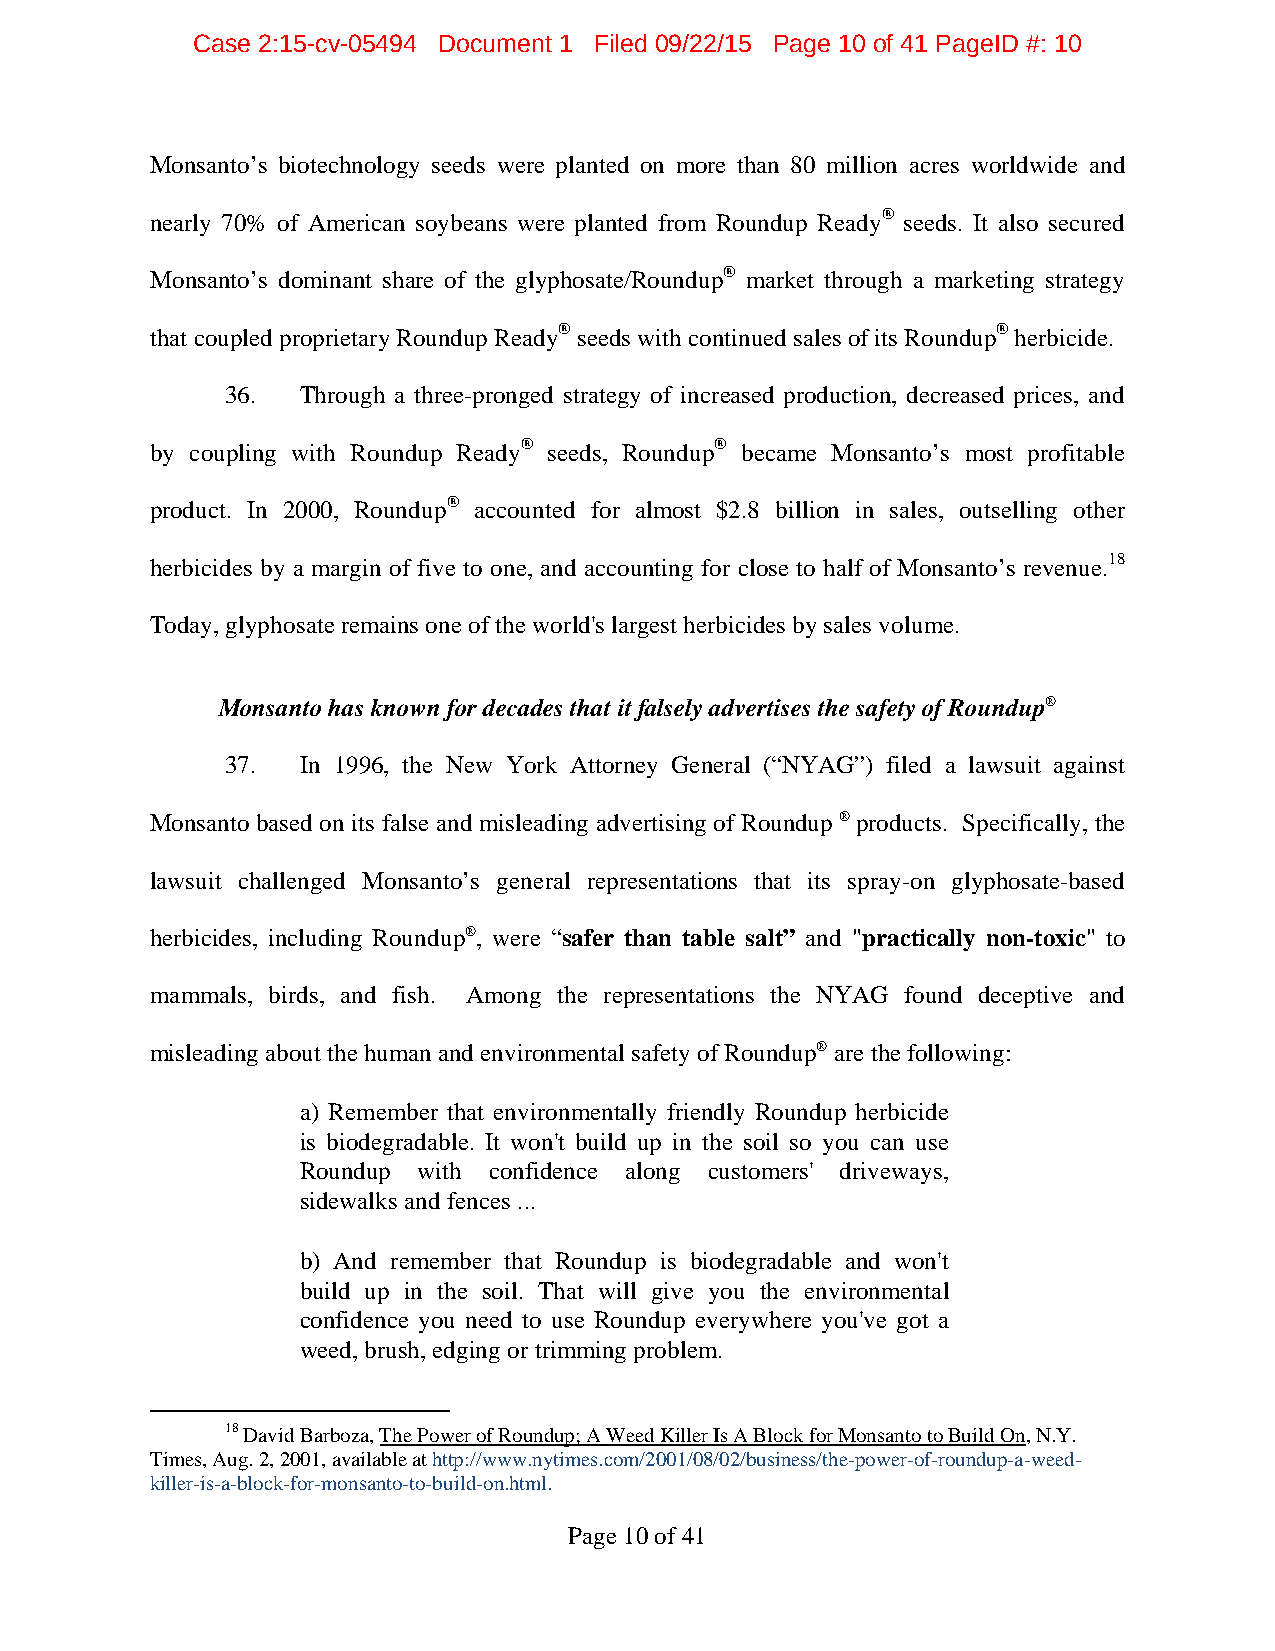
Case 2:15-cv-05494 Document 1 Filed 09/22/15 Page 10 of 41 PageID #: 10
 Monsanto’s biotechnology seeds were planted on more than 80 million acres worldwide and
 nearly 70% of American soybeans were planted from Roundup Ready® seeds. It also secured
 Monsanto’s dominant share of the glyphosate/Roundup® market through a marketing strategy
 that coupled proprietary Roundup Ready® seeds with continued sales of its Roundup® herbicide.
 36.  Through a three-pronged strategy of increased production, decreased prices, and
 by coupling with Roundup Ready® seeds, Roundup® became Monsanto’s most profitable
 product. In 2000, Roundup® accounted for almost $2.8 billion in sales, outselling other
 herbicides by a margin of five to one, and accounting for close to half of Monsanto’s revenue.18
 Today, glyphosate remains one of the world's largest herbicides by sales volume.
 Monsanto has known for decades that it falsely advertises the safety of Roundup®
 37.  In 1996, the New York Attorney General (“NYAG”) filed a lawsuit against
 Monsanto based on its false and misleading advertising of Roundup ® products. Specifically, the
 lawsuit challenged Monsanto’s general representations that its spray-on glyphosate-based
 herbicides, including Roundup®, were “safer than table salt” and "practically non-toxic" to
 mammals, birds, and fish. Among the representations the NYAG found deceptive and
 misleading about the human and environmental safety of Roundup® are the following:
 a) Remember that environmentally friendly Roundup herbicide
 is biodegradable. It won't build up in the soil so you can use
 Roundup with confidence along customers' driveways,
 sidewalks and fences ...
 b) And remember that Roundup is biodegradable and won't
 build up in the soil. That will give you the environmental
 confidence you need to use Roundup everywhere you've got a
 weed, brush, edging or trimming problem.
 18 David Barboza, The Power of Roundup; A Weed Killer Is A Block for Monsanto to Build On, N.Y.
 Times, Aug. 2, 2001, available at http://www.nytimes.com/2001/08/02/business/the-power-of-roundup-a-weed-
 killer-is-a-block-for-monsanto-to-build-on.html.
 Page 10 of 41